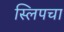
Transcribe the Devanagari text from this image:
स्लिपचा